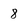
Character: 8